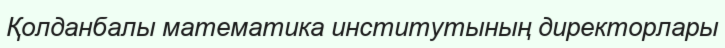
Қолданбалы математика институтының директорлары